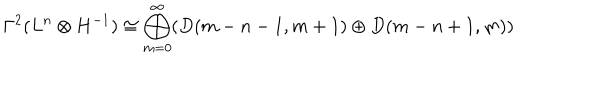
LaTeX: \Gamma ^ { 2 } ( L ^ { n } \otimes H ^ { - 1 } ) \cong \bigoplus _ { m = 0 } ^ { \infty } ( D ( m - n - 1 , m + 1 ) \oplus D ( m - n + 1 , m ) )